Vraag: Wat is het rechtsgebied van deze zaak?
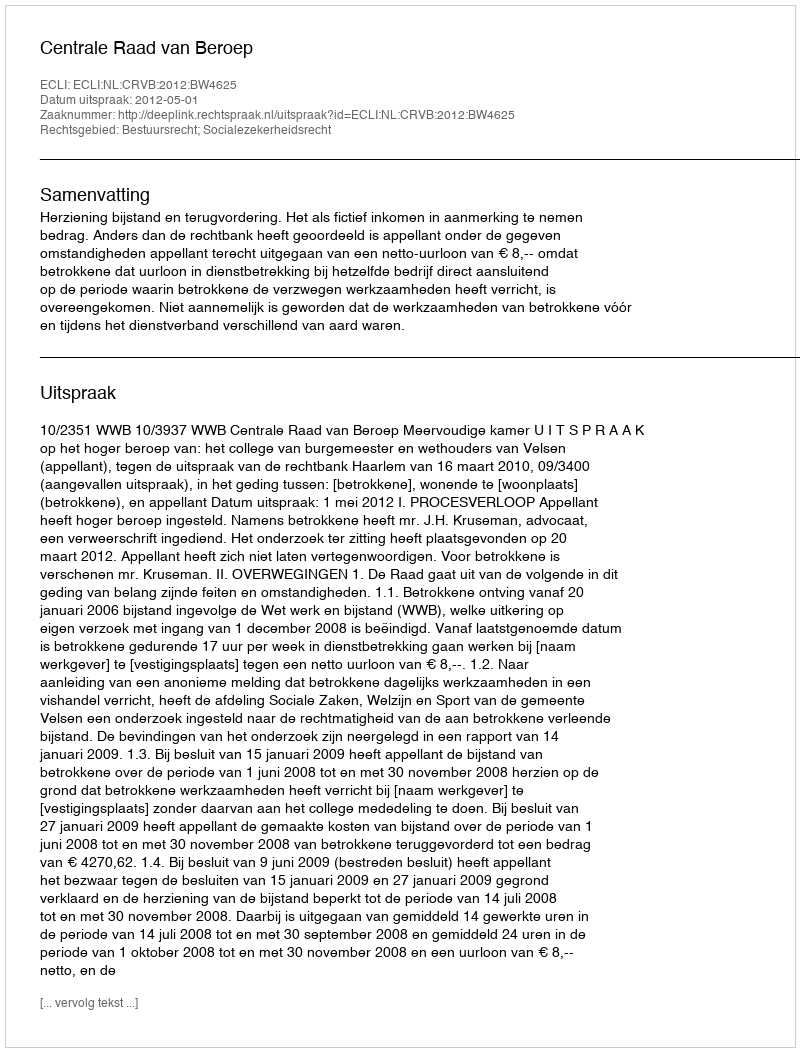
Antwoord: Bestuursrecht; Socialezekerheidsrecht